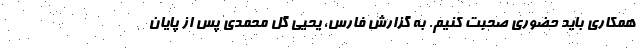
همکاری باید حضوری صحبت کنیم. به گزارش فارس، یحیی گل محمدی پس از پایان